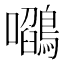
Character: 𭌻